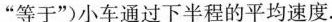
”等于”)小车通过下半程的平均速度.